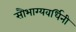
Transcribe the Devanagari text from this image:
सौभाग्यवर्धिनी